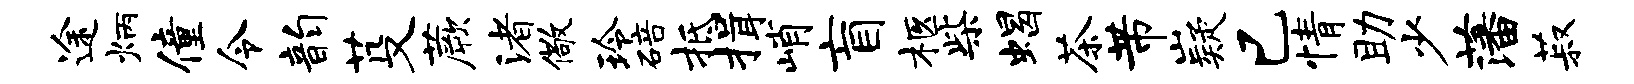
途炳僮令韵芟蕨渚儆玲碚抵揖峭盲柩柴蝎茶芾嶷已情助少藩菽